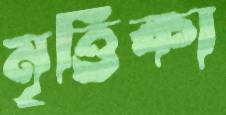
মৃত্তিকা